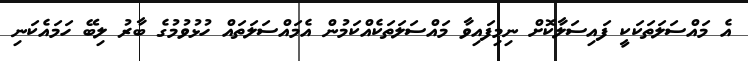
އެ މައްސަލަތަކަކީ ފައިސަލާކޮށް ނިމިފައިވާ މައްސަލަތަކެއްކަމުން އެމައްސަލަތައް ހުޅުވުމުގެ ބާރު ލިބޭ ހަމައެކަނި